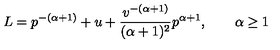
L = p ^ { - ( \alpha + 1 ) } + u + { \frac { v ^ { - ( \alpha + 1 ) } } { ( \alpha + 1 ) ^ { 2 } } } p ^ { \alpha + 1 } , \quad \quad \alpha \ge 1